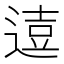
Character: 𨔦